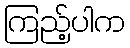
ကြည့်ပါက